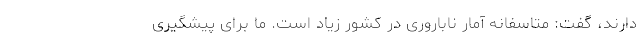
دارند، گفت: متاسفانه آمار ناباروری در کشور زیاد است. ما برای پیشگیری